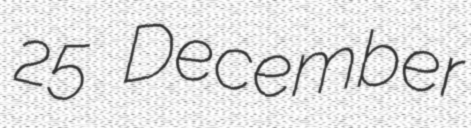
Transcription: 25 December